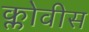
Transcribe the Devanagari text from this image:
क्लोवीस